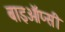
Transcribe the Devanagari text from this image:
बाइऑप्सी